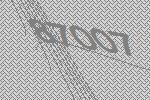
87007